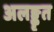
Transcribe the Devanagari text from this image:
अलङ्कृत